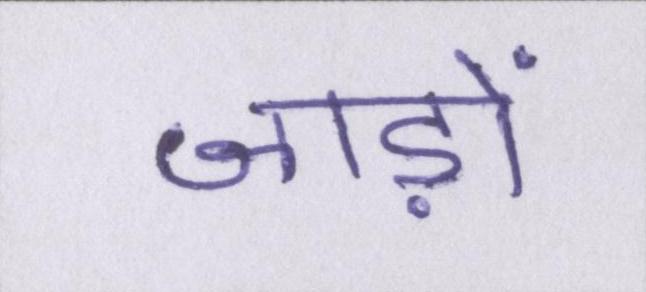
जाड़ों